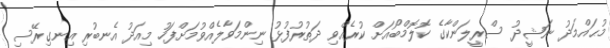
މުޙައްމަދު ނަޝީދު ސްރީލަންކާގެ ކޮލޮމްބޯއަށް ކުރެއްވި ދަތުރުފުޅު ނިންމަވާލެއްވުމަށްފަހު މިއަދު އެނބުރި އިނގިރޭސި